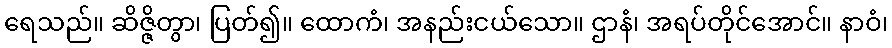
ရေသည်။ ဆိဇ္ဇိတွာ၊ ပြတ်၍။ ထောကံ၊ အနည်းငယ်သော။ ဌာနံ၊ အရပ်တိုင်အောင်။ နာဝံ၊